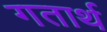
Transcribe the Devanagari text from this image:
गतार्थ